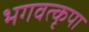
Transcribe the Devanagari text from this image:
भगवत्कृपा